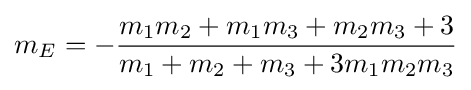
m_{E}=-{\frac {m_{1}m_{2}+m_{1}m_{3}+m_{2}m_{3}+3}{m_{1}+m_{2}+m_{3}+3m_{1}m_{2}m_{3}}}